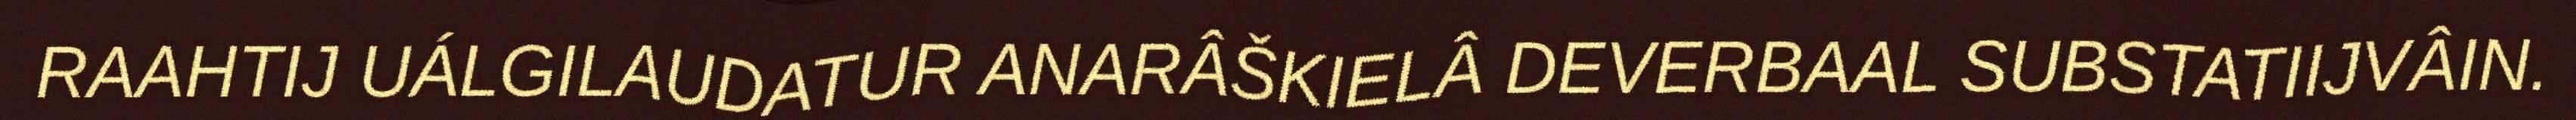
RAAHTIJ UÁLGILAUDATUR ANARÂŠKIELÂ DEVERBAAL SUBSTATIIJVÂIN.